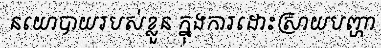
នយោបាយរបស់ខ្លួន ក្នុងការដោះស្រាយបញ្ហា